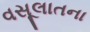
વસૂલાતના